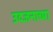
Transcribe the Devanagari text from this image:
उदजनाच्या